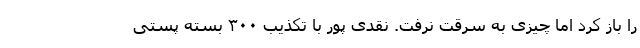
را باز کرد اما چیزی به سرقت نرفت. نقدی پور با تکذیب ۳۰۰ بسته پستی